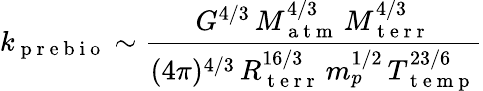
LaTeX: k_{\mathrm{~p~r~e~b~i~o~}}\sim\frac{G^{4/3}\, M_{\mathrm{~a~t~m~}}^{4/3}\, M_{\mathrm{~t~e~r~r~}}^{4/3}}{(4\pi)^{4/3}\, R_{\mathrm{~t~e~r~r~}}^{16/3}\, m_{p}^{1/2}\, T_{\mathrm{~t~e~m~p~}}^{23/6}}